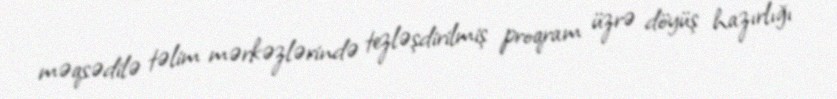
məqsədilə təlim mərkəzlərində tezləşdirilmiş proqram üzrə döyüş hazırlığı